Civil Veterinary Department. Madras. Admin. report 1910-25 - 1910-1925
Year: 1910
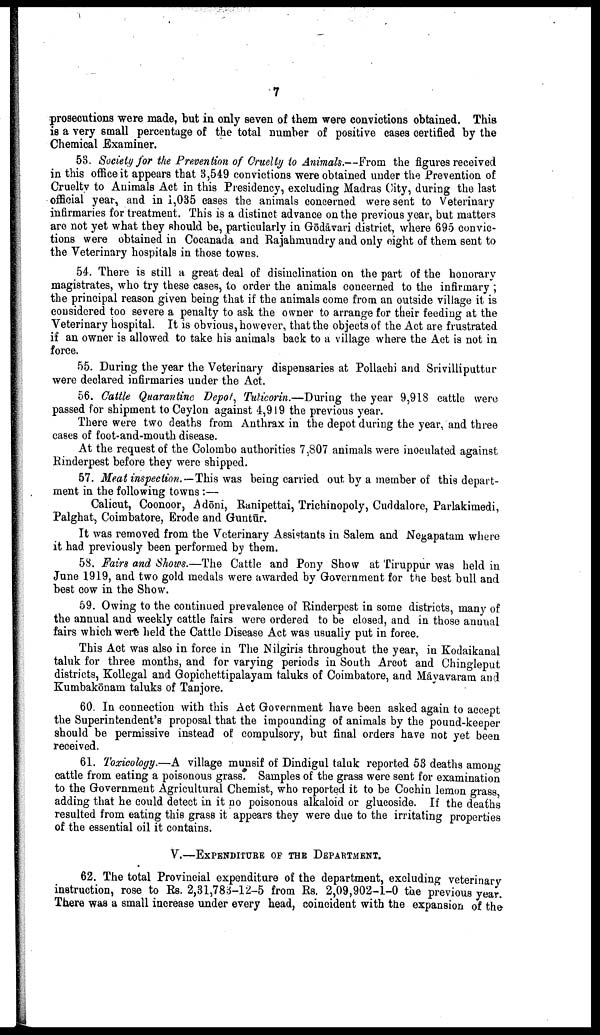
7
prosecutions were made, but in only seven of them were convictions obtained. This
is a very small percentage of the total number of positive cases certified by the
Chemical Examiner.
53. Society for the Prevention of Cruelty to Animals.--From the figures received
in this office it appears that 3,549 convictions were obtained under the Prevention of
Cruelty to Animals Act in this Presidency, excluding Madras City, during the last
official year, and in 1,035 eases the animals concerned were sent to Veterinary
infirmaries for treatment. This is a distinct advance on the previous year, but matters
are not yet what they should be, particularly in Gōdāvari district, where 695 convic
tions were obtained in Cocanada and Rajahmundry and only eight of them sent to
the Veterinary hospitals in those towns.
54. There is still a great deal of disinclination on the part of the honorary
magistrates, who try these cases, to order the animals concerned to the infirmary ;
the principal reason given being that if the animals come from an outside village it is
considered too severe a penalty to ask the owner to arrange for their feeding at the
Veterinary hospital. It is obvious, however, that the objects of the Act are frustrated
if an owner is allowed to take his animals back to a village where the Act is not in
force.
55. During the year the Veterinary dispensaries at Pollachi and Srivilliputtur
were declared infirmaries under the Act.
56. Cattle Quarantine Depot, Tuticorin.—During the year 9,918 cattle were
passed for shipment to Ceylon against 4,919 the previous year.
There were two deaths from Anthrax in the depot during the year, and three
cases of foot-and-mouth disease.
At the request of the Colombo authorities 7,807 animals were inoculated against
Rinderpest before they were shipped.
57. Meat inspection.—This was being carried out by a member of this depart
ment in the following towns :—
Calicut, Coonoor, Adōni, Ranipettai, Trichinopoly, Cuddalore, Parlakimedi,
Palghat, Coimbatore, Erode and Guntūr.
It was removed from the Veterinary Assistants in Salem and Negapatam where
it had previously been performed by them.
58. Fairs and Shows.—The Cattle and Pony Show at Tiruppur was held in
June 1919, and two gold medals were awarded by Government for the best bull and
best cow in the Show.
59. Owing to the continued prevalence of Rinderpest in some districts, many of
the annual and weekly cattle fairs were ordered to be closed, and in those annual
fairs which were held the Cattle Disease Act was usually put in force.
This Act was also in force in The Nilgiris throughout the year, in Kodaikanal
taluk for three months, and for varying periods in South Arcot and Chingleput
districts, Kollegal and Gopichettipalayam taluks of Coimbatore, and Māyavaram and
Kumbakōnam taluks of Tanjore.
60. In connection with this Act Government have been asked again to accept
the Superintendent's proposal that the impounding of animals by the pound-keeper
should be permissive instead of compulsory, but final orders have not yet been
received.
61. Toxicology.—A village munsif of Dindigul taluk reported 53 deaths among
cattle from eating a poisonous grass. Samples of the grass were sent for examination
to the Government Agricultural Chemist, who reported it to be Cochin lemon grass,
adding that he could detect in it no poisonous alkaloid or glucoside. If the deaths
resulted from eating this grass it appears they were due to the irritating properties
of the essential oil it contains.
V.—EXPENDITURE OF THE DEPARTMENT.
62. The total Provincial expenditure of the department, excluding veterinary
instruction, rose to Rs. 2,31,783-12-5 from Rs. 2,09,902-1-0 the previous year.
There was a small increase under every head, coincident with the expansion of the